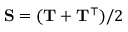
\begin{array} { r } { \mathbf { S } = ( \mathbf { T } + \mathbf { T } ^ { \top } ) / 2 } \end{array}